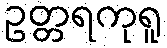
ဥတ္တရကုရူ